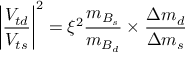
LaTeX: \left| \frac { V _ { t d } } { V _ { t s } } \right| ^ { 2 } = \xi ^ { 2 } \frac { m _ { B _ { s } } } { m _ { B _ { d } } } \times \frac { \Delta m _ { d } } { \Delta m _ { s } }